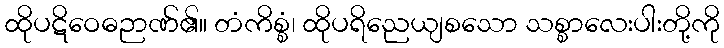
ထိုပဋိဝေဓဉာဏ်၏။ တံကိစ္စံ၊ ထိုပရိညေယျစသော သစ္စာလေးပါးတို့ကို